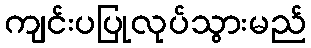
ကျင်းပပြုလုပ်သွားမည်